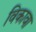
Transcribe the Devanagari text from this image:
विकावा